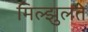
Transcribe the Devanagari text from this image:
मिल्झुलते